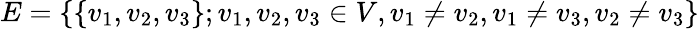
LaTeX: E=\{ \{ v_{1},v_{2},v_{3}\} ;v_{1},v_{2},v_{3}\in V,v_{1}\neq v_{2},v_{1}\neq v_{3},v_{2}\neq v_{3}\}